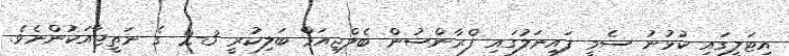
އިޓަލީގައި ކުޅުނު ސެމީ ފައިނަލުގައި ފްރާންސުން ބެލްޖިއަމް ބަލިކުރީ 3-2 ގެ ނަތީޖާއަކުންނެވެ.